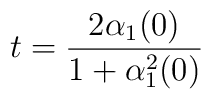
t=\frac{2\alpha _{1}(0)}{1+\alpha _{1}^{2}(0)}